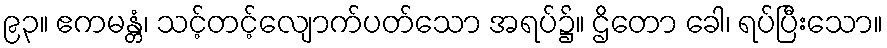
၉၃။ ဧကမန္တံ၊ သင့်တင့်လျောက်ပတ်သော အရပ်၌။ ဌိတော ခေါ၊ ရပ်ပြီးသော။